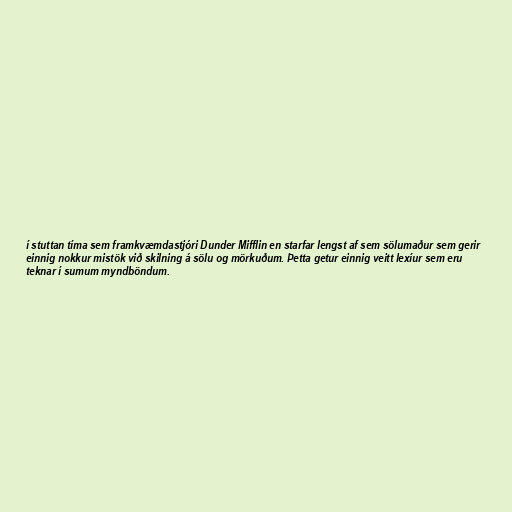
í stuttan tíma sem framkvæmdastjóri Dunder Mifflin en starfar lengst af sem sölumaður sem gerir
einnig nokkur mistök við skilning á sölu og mörkuðum. Þetta getur einnig veitt lexíur sem eru
teknar í sumum myndböndum.